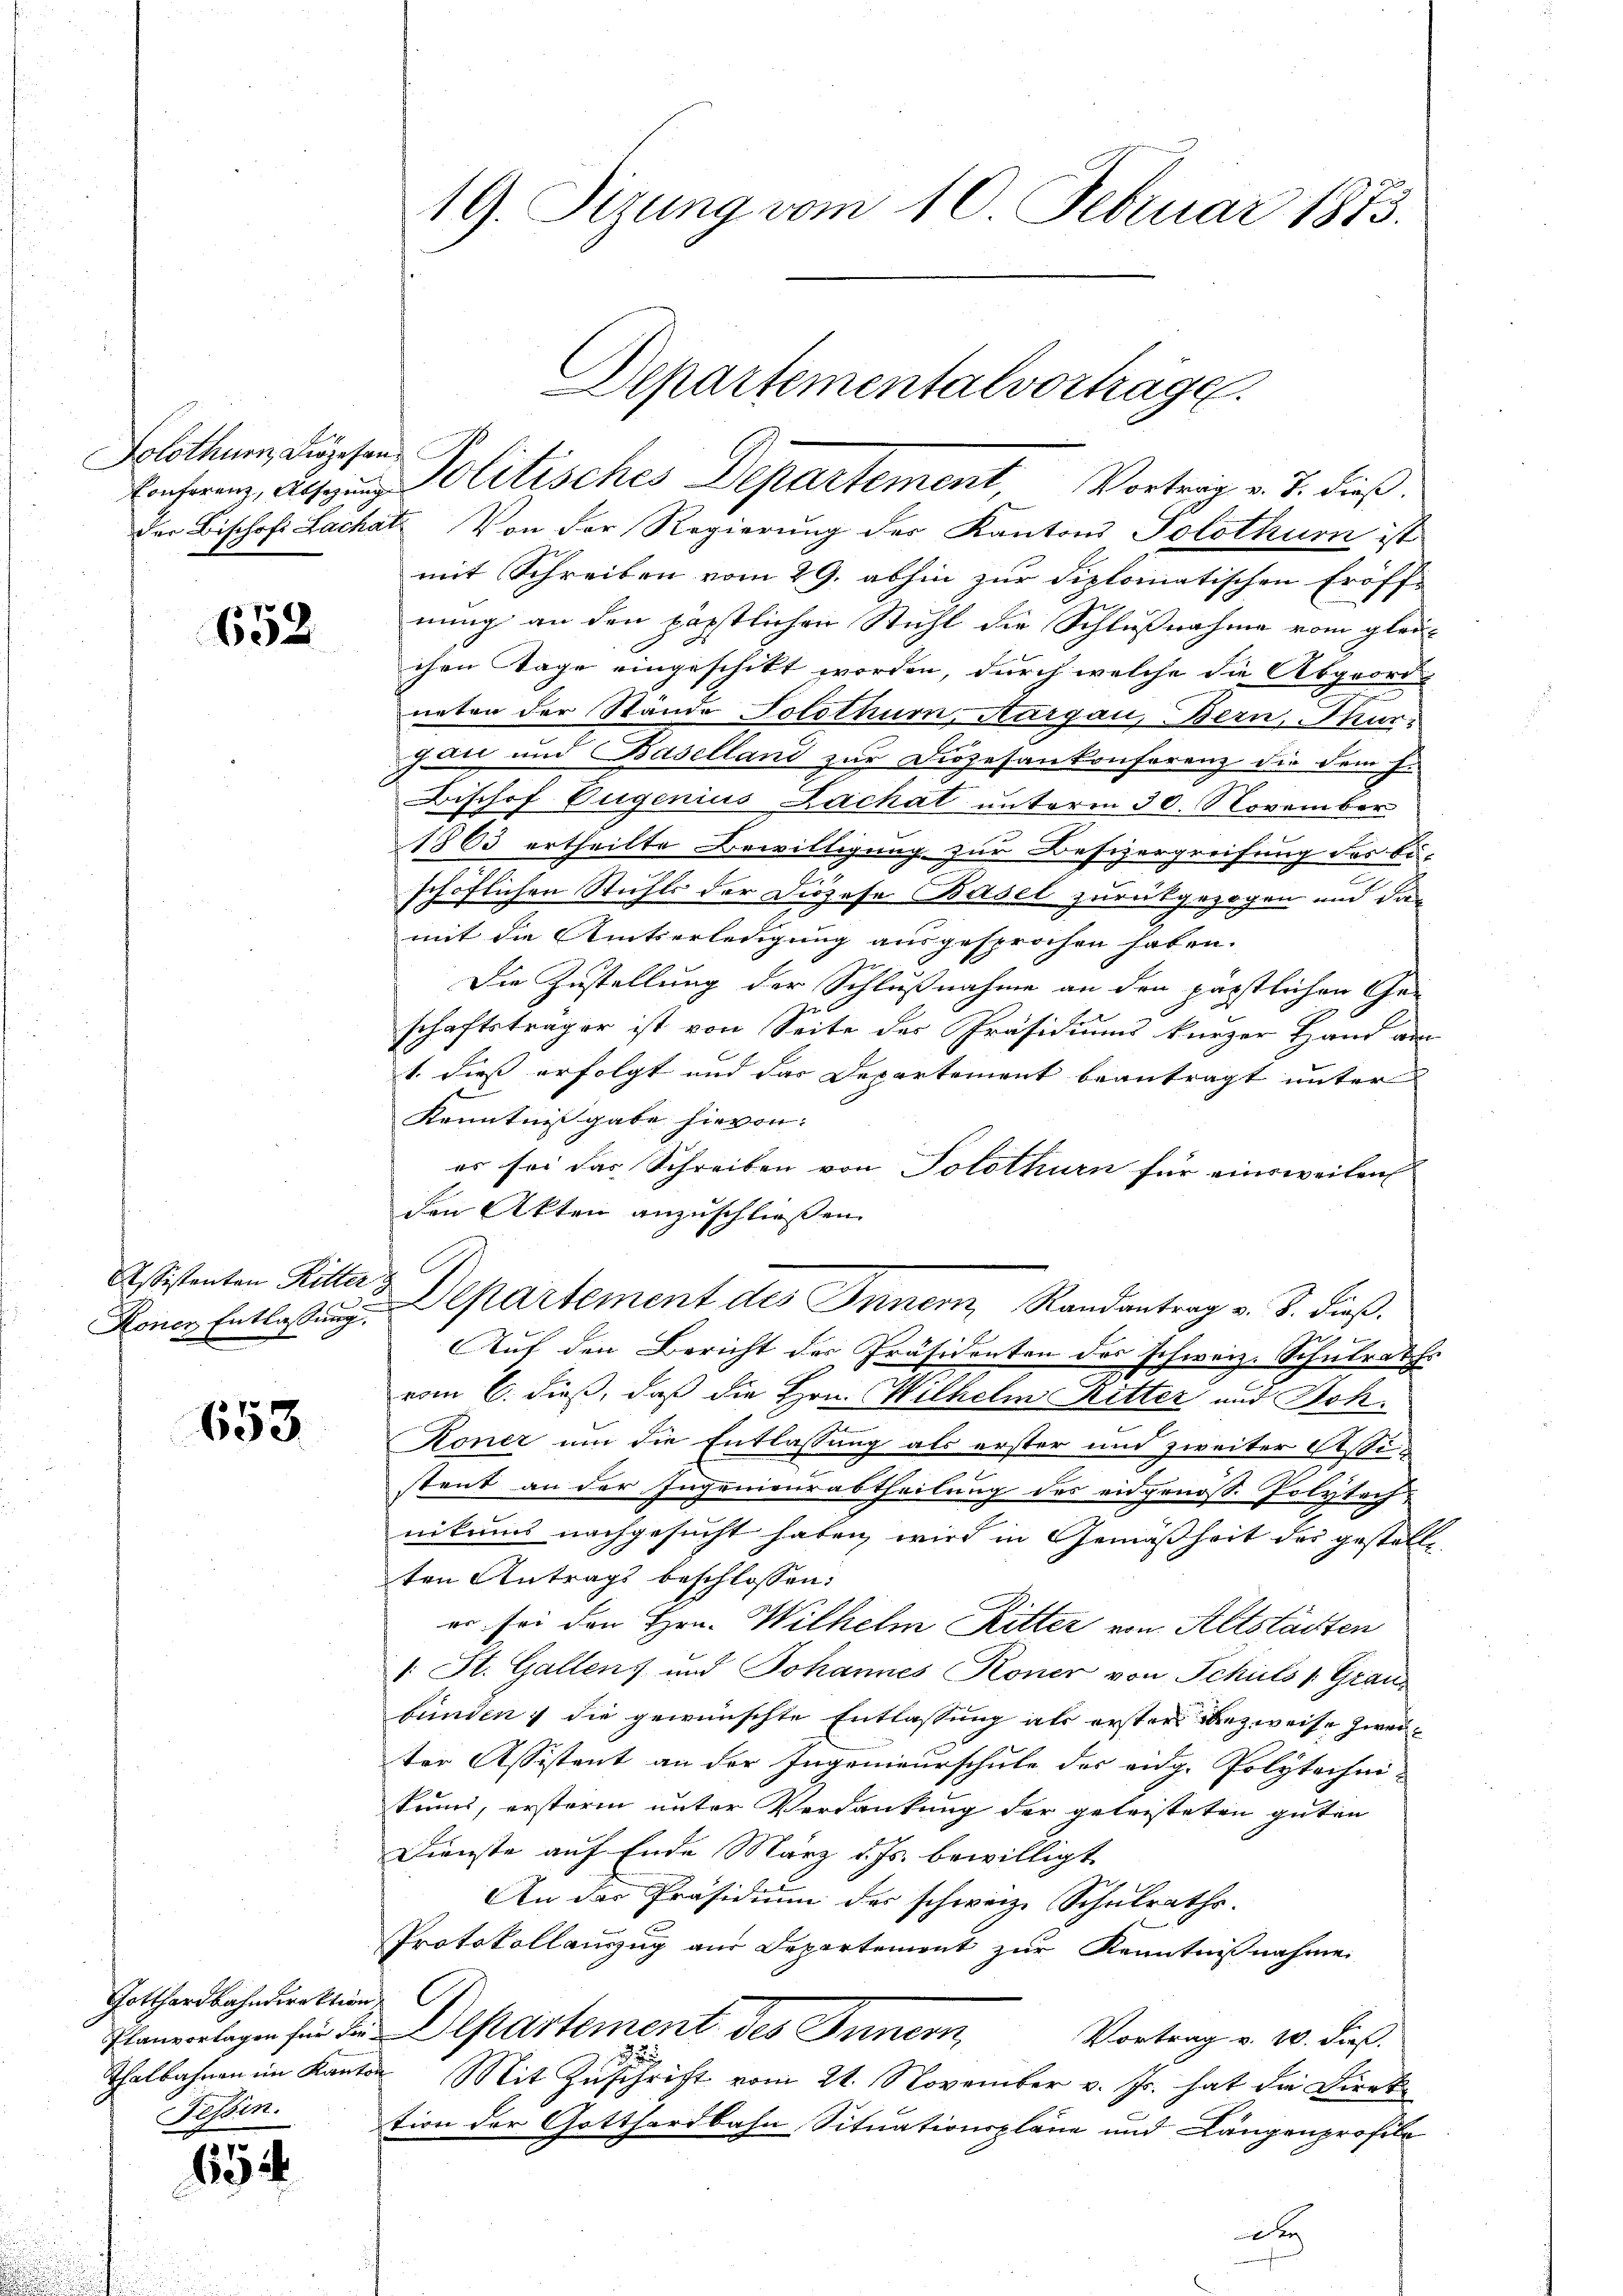
Solothurn, Diözesan¬

652

Assistenten Ritter
Koner Entlassung.

653.

Gotthardbahndirektion
Planvortagen für die
Thalbahnen im Kant
Fessen.

654

19. Sizung vom 10. Februar 1873.

der Bischofs Lachat. Von der Regierung des Kantons Solothurn ist
mit Schreiben vom 29. abhin zur Diplomatischen Eröff-
nung an den päpstlichen Stuhl die Schlußnahme vom glei-
chen Tage eingeschikt worden, durch welche die Abgeord
neten der Stände Solothurn, Aargau, Bern, Kur-
gan und Baselland zur Diözesankonferenz die dem H.
Bischof Eugenius Zachat unterm 30. November
1863 ertheilte Bewilligung zur Besizergreifung des beschöflichen Stuhls der Diözese Basel zurückgezogen und das
mit die Amtserledigung ausgesprochen haben.
Die Zustellung der Schlußnahme an den päpstlichen Ge-
schaftsträger ist von Seite des Präsidiums kurzer Hand am
1. dies erfolgt und das Departement beantragt unter
Kenntnißgabe hievon. |
es sei das Schreiben von Solothurn für einsweilen
den Akten anzuschliessen.
Auf den Bericht der Präsidenten des schweiz. Schulrath
vom 6. dieß, daß die Hrn. Wilhelm Ritter und Soh¬
Roner um die Entlassung als erster und zweiter Assistant an der Jugenieurabtheilung des eidgenöss. Polytech-
nikums nachgesucht haben, wird in Gemäßheit des gestelle
ten Antrags beschlossen:
er sei den Hrn. Wilhelm Ritter von Altstädten
1. St. Gallens und Johannes Koner von Schuls Grau
bunden ; die gewünschte Entlassung als ersters bezweise zweiter Assistent an der Ingenieurschule des eidg. Polytechni¬
Sins, ersteren unter Verdankung der geleisteten guten
Dienste auf Ende März d. Js. bewilligt.
An der Präsidium der schweiz. Schulraths-
Protokollauszug aus Departement zur Kenntnißnahme
C
Departement des Innern,
Vortrag v. 10. dieß.
Mit Zuschrift vom 21. November v. Js. hat die Direk
tion der Gotthardbahn Situationspläne und Längenprofill
a

c

Departementalvorträge.
Einherenz, als Politisches Departement, Vortrag v. J. dieß.

Departement des Innern Randantrag v. 3. dieß.